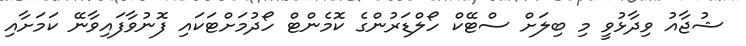
ޝުޖާއު ވިދާޅުވީ މި ބިލަށް ސްޓޭކް ހޯލްޑަރުންގެ ކޮމެންޓް ހޯދުމަށްޓަކައި ފޮނުވާފައިވާނޭ ކަމަށާއި